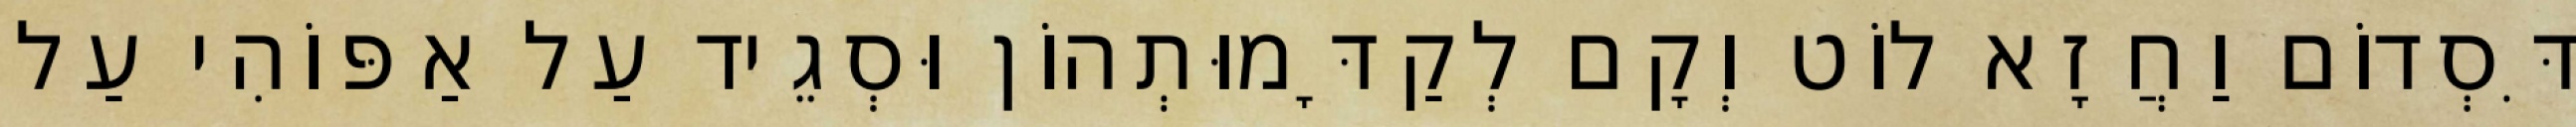
דִּסְדוֹם וַחֲזָא לוֹט וְקָם לְקַדָּמוּתְהוֹן וּסְגֵיד עַל אַפּוֹהִי עַל